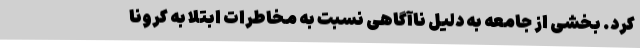
کرد. بخشی از جامعه به دلیل ناآگاهی نسبت به مخاطرات ابتلا به کرونا